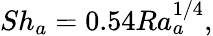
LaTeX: Sh_{a}=0.54Ra_{a}^{1/4},